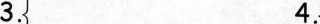
3. 4.